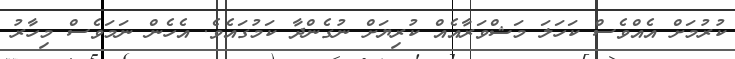
ކުރުމަށް އެއްވެސް ކަހަލަ މަޝްވަރާއެއް ކުރިޔަށް ނުގެންދާ ކަމުގައެވެ. އެހެން ނަމަވެސް މިހާރު